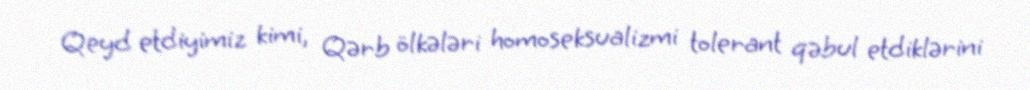
Qeyd etdiyimiz kimi, Qərb ölkələri homoseksualizmi tolerant qəbul etdiklərini